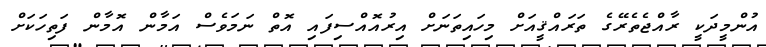
އުންމީދަކީ ރާއްޖެތެރޭގެ ތަރައްޤީއަށް މިހައިތަނަށް އިރުއޮއްސިފައި އޮތް ނަމަވެސް އަމާން އޮމާން ފަތިހަކަށް